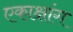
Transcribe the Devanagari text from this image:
एकाक्षांग